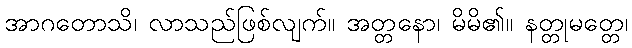
အာဂတောသိ၊ လာသည်ဖြစ်လျက်။ အတ္တနော၊ မိမိ၏။ နတ္တုမတ္တေ၊